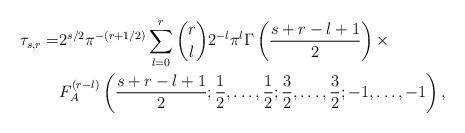
LaTeX: \begin{align*}\tau_{s,r}=&2^{s/2}\pi^{-(r+1/2)}\sum_{\substack{l=0\\}}^r\binom{r}{l} 2^{-l}\pi^l\Gamma\left(\frac{s+r-l+1}{2}\right)\times\\&F_A^{(r-l)}\left(\frac{s+r-l+1}{2};\frac{1}{2},\ldots,\frac{1}{2};\frac{3}{2},\ldots,\frac{3}{2};-1,\ldots,-1\right),\end{align*}